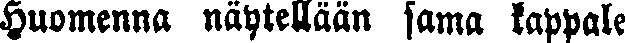
Huomenna näytellään sama kappale